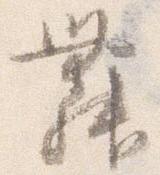
舞